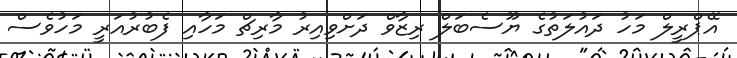
އޭޕްރީލް މަހު ދައުލަތުގެ ޔޫސެބަލް ރިޒާވް ދަށްވިއިރު މާރިޗް މަހާއި ފެބުރުއަރީ މަހުވެސް